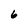
Character: 6